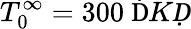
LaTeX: T_{0}^{\infty}=300~\textrm ḊKḌ